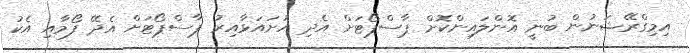
އިމިގްރޭޝަނުން ބުނީ އޮންލަައިންކޮށް ޕާސްޕޯޓަށް އެދި ހުށައަޅާއިރު ޕާސްޕޯޓަށް އެދޭ ފޯމާއި އެކު